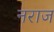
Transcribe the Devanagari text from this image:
नराज